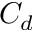
C _ { d }